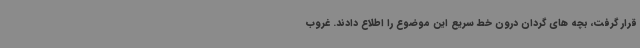
قرار گرفت، بچه های گردان درون خط سریع این موضوع را اطلاع دادند. غروب